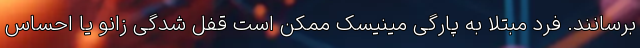
برسانند. فرد مبتلا به پارگی مینیسک ممکن است قفل شدگی زانو یا احساس